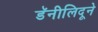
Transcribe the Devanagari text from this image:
डॅनीलिदूने